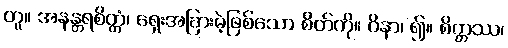
တူ။ အနန္တရစိတ္တံ၊ ရှေးအခြားမဲ့ဖြစ်သော စိတ်ကို။ ဝိနာ၊ ၍။ စိတ္တဿ၊